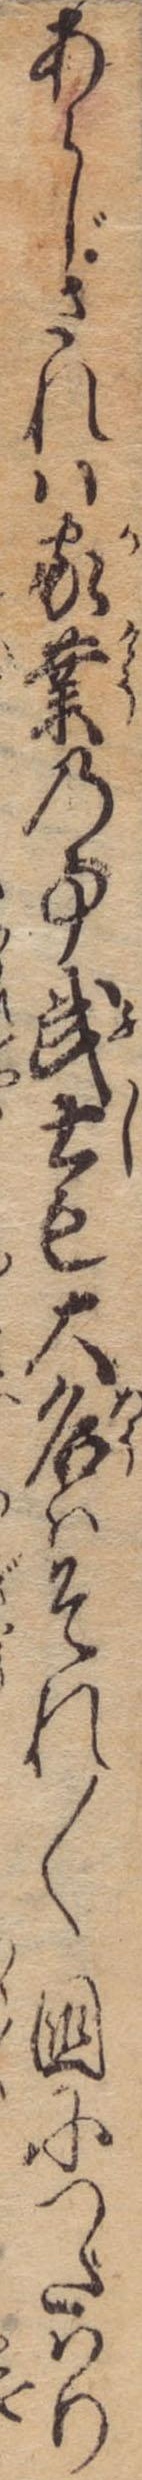
あらじされは家業の事武士も大名はそれ〱国につたはり